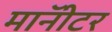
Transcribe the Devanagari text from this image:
माॅनीटर